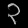
Digit: ၃